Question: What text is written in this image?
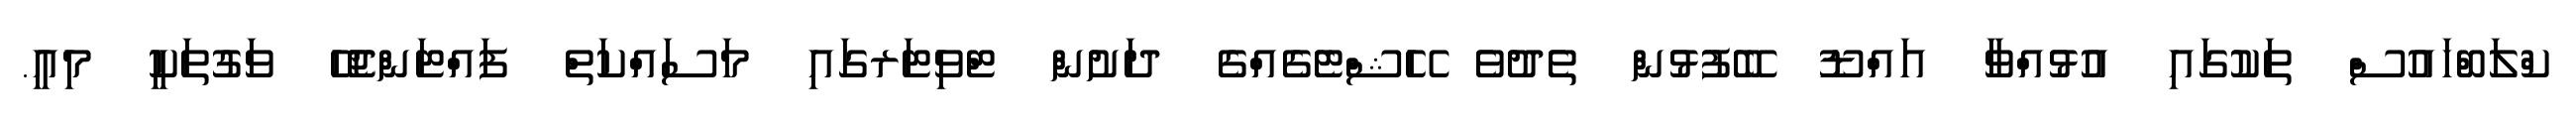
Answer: ކްލަބްހައުސް ތަކުގައި އުޅުއްވާ އައްޑޫ ބޭފުޅުން ތެދުވެ ހޭޝްޓެގެއްގެ ދަށުން ޓްވިޓަރގައި މަސައްކަތް ފައްޓަންޖެހޭ ވަގުތަކީ މިއީ.